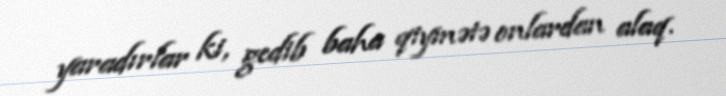
yaradırlar ki, gedib baha qiymətə onlardan alaq.